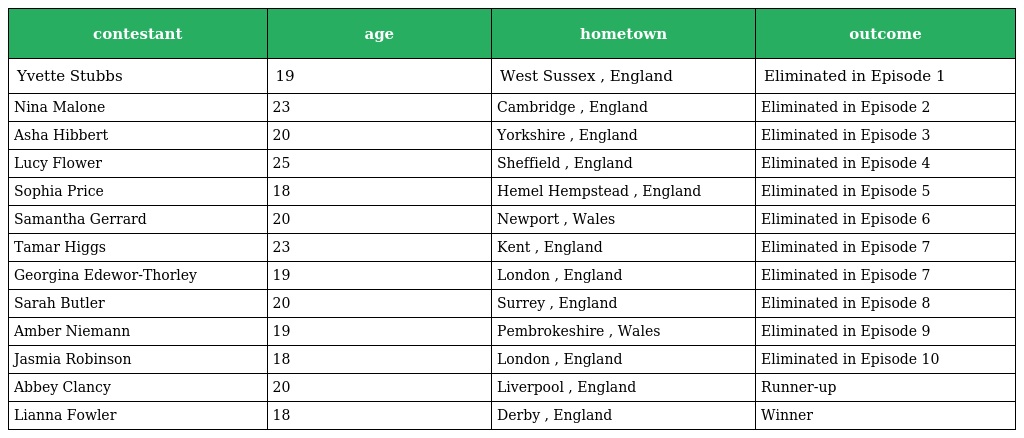
| contestant | age | hometown | outcome |
 | --- | --- | --- | --- |
 | Yvette Stubbs | 19 | West Sussex , England | Eliminated in Episode 1 |
 | Nina Malone | 23 | Cambridge , England | Eliminated in Episode 2 |
 | Asha Hibbert | 20 | Yorkshire , England | Eliminated in Episode 3 |
 | Lucy Flower | 25 | Sheffield , England | Eliminated in Episode 4 |
 | Sophia Price | 18 | Hemel Hempstead , England | Eliminated in Episode 5 |
 | Samantha Gerrard | 20 | Newport , Wales | Eliminated in Episode 6 |
 | Tamar Higgs | 23 | Kent , England | Eliminated in Episode 7 |
 | Georgina Edewor-Thorley | 19 | London , England | Eliminated in Episode 7 |
 | Sarah Butler | 20 | Surrey , England | Eliminated in Episode 8 |
 | Amber Niemann | 19 | Pembrokeshire , Wales | Eliminated in Episode 9 |
 | Jasmia Robinson | 18 | London , England | Eliminated in Episode 10 |
 | Abbey Clancy | 20 | Liverpool , England | Runner-up |
 | Lianna Fowler | 18 | Derby , England | Winner |